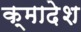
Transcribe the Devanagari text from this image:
क्मादेश